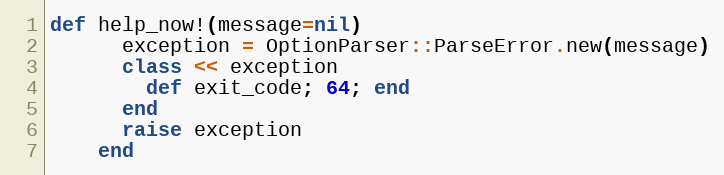
Language: Ruby
def help_now!(message=nil)
      exception = OptionParser::ParseError.new(message)
      class << exception
        def exit_code; 64; end
      end
      raise exception
    end